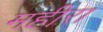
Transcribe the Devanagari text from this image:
महीरा